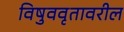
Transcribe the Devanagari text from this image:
विषुववृतावरील